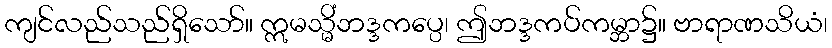
ကျင်လည်သည်ရှိသော်။ ဣမသ္မိံဘဒ္ဒကပ္ပေ၊ ဤဘဒ္ဒကပ်ကမ္ဘာ၌။ ဗာရာဏသိယံ၊